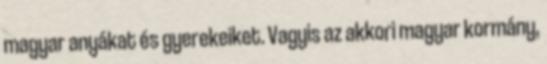
magyar anyákat és gyerekeiket. Vagyis az akkori magyar kormány,